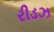
રીડઝ